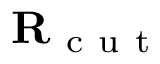
\mathbf { R } _ { \mathrm { ~ c ~ u ~ t ~ } }